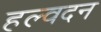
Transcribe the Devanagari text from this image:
हल्वदन